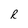
Character: R